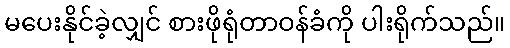
မပေးနိုင်ခဲ့လျှင် စားဖိုရုံတာဝန်ခံကို ပါးရိုက်သည်။